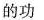
的功